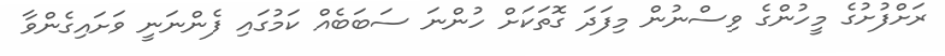
ރަށްފުށުގެ މީހުންގެ ވިސްނުން މިފަދަ ގޮތަކަށް ހުންނަ ސަބަބެއް ކަމުގައި ފެންނަނީ ވަށައިގެންވާ